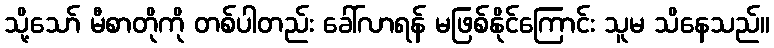
သို့သော် မီစာတိုကို တစ်ပါတည်း ခေါ်လာရန် မဖြစ်နိုင်ကြောင်း သူမ သိနေသည်။